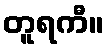
တူရကီ။